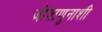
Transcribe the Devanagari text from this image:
जीवाणुनाशी